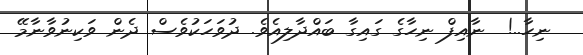
ނިހާ..!  ނާއިފް ނިހާގެ ގައިގާ ބައްދާލިއެވެ. ދުވަހަކުވެސް ދެން ވަކިނުވާނާމޭ